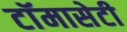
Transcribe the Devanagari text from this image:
टाॅमासेटी